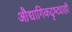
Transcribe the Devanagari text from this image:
औद्यागिकदृष्ट्याही